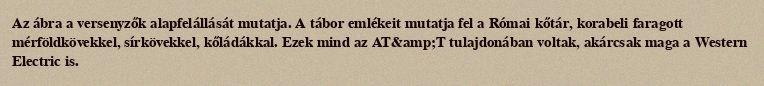
Az ábra a versenyzők alapfelállását mutatja. A tábor emlékeit mutatja fel a Római kőtár, korabeli faragott mérföldkövekkel, sírkövekkel, kőládákkal. Ezek mind az AT&amp;T tulajdonában voltak, akárcsak maga a Western Electric is.